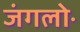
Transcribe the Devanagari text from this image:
जंगलोॱ